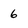
Character: 6